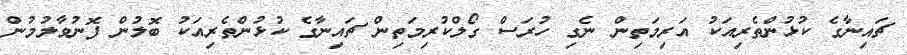
ޗައިނާގެ ކުޅުންތެރިއަކު އަރިމަތިން ނެގި ހުރަސް ގޯލްކުރިމަތިން ޗައިނާގެ ކުޅުންތެރިއަކު ބޮލުން ފޮނުވާލުމުން